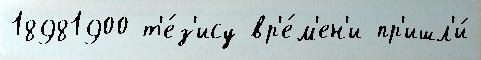
18981900 т'е́з'ису вр'е́м'ен'и пр'ишл'и́